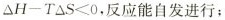
\Delta $$H-T\Delta S<0$$，反应能自发进行;